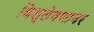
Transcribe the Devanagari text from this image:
विश्लेषणावर